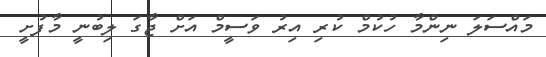
މައްސަލަ ނިންމާ ހުކުމް ކުރި އިރު ވަސީމް އަށް ޖާގަ ލިބުނީ މާފުށީ